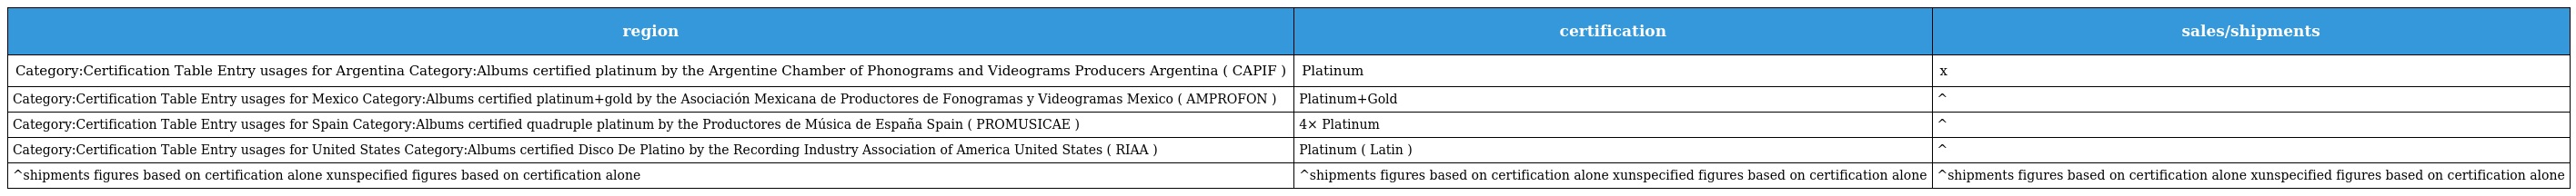
| region | certification | sales/shipments |
 | --- | --- | --- |
 | Category:Certification Table Entry usages for Argentina Category:Albums certified platinum by the Argentine Chamber of Phonograms and Videograms Producers Argentina ( CAPIF ) | Platinum | x |
 | Category:Certification Table Entry usages for Mexico Category:Albums certified platinum+gold by the Asociación Mexicana de Productores de Fonogramas y Videogramas Mexico ( AMPROFON ) | Platinum+Gold | ^ |
 | Category:Certification Table Entry usages for Spain Category:Albums certified quadruple platinum by the Productores de Música de España Spain ( PROMUSICAE ) | 4× Platinum | ^ |
 | Category:Certification Table Entry usages for United States Category:Albums certified Disco De Platino by the Recording Industry Association of America United States ( RIAA ) | Platinum ( Latin ) | ^ |
 | ^shipments figures based on certification alone xunspecified figures based on certification alone | ^shipments figures based on certification alone xunspecified figures based on certification alone | ^shipments figures based on certification alone xunspecified figures based on certification alone |